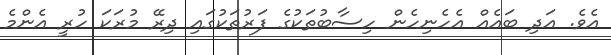
އެވެ. އަދި ބައެއް އެހެނިހެން ހިސާބުތަކުގެ ފަރުތަކުގައި ދިރޭ މުރަކަ ހުރީ އެންމެ